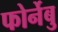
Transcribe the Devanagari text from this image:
फोर्नेबु